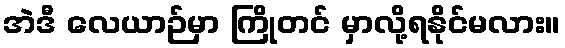
အဲဒီ လေယာဉ်မှာ ကြိုတင် မှာလို့ရနိုင်မလား။